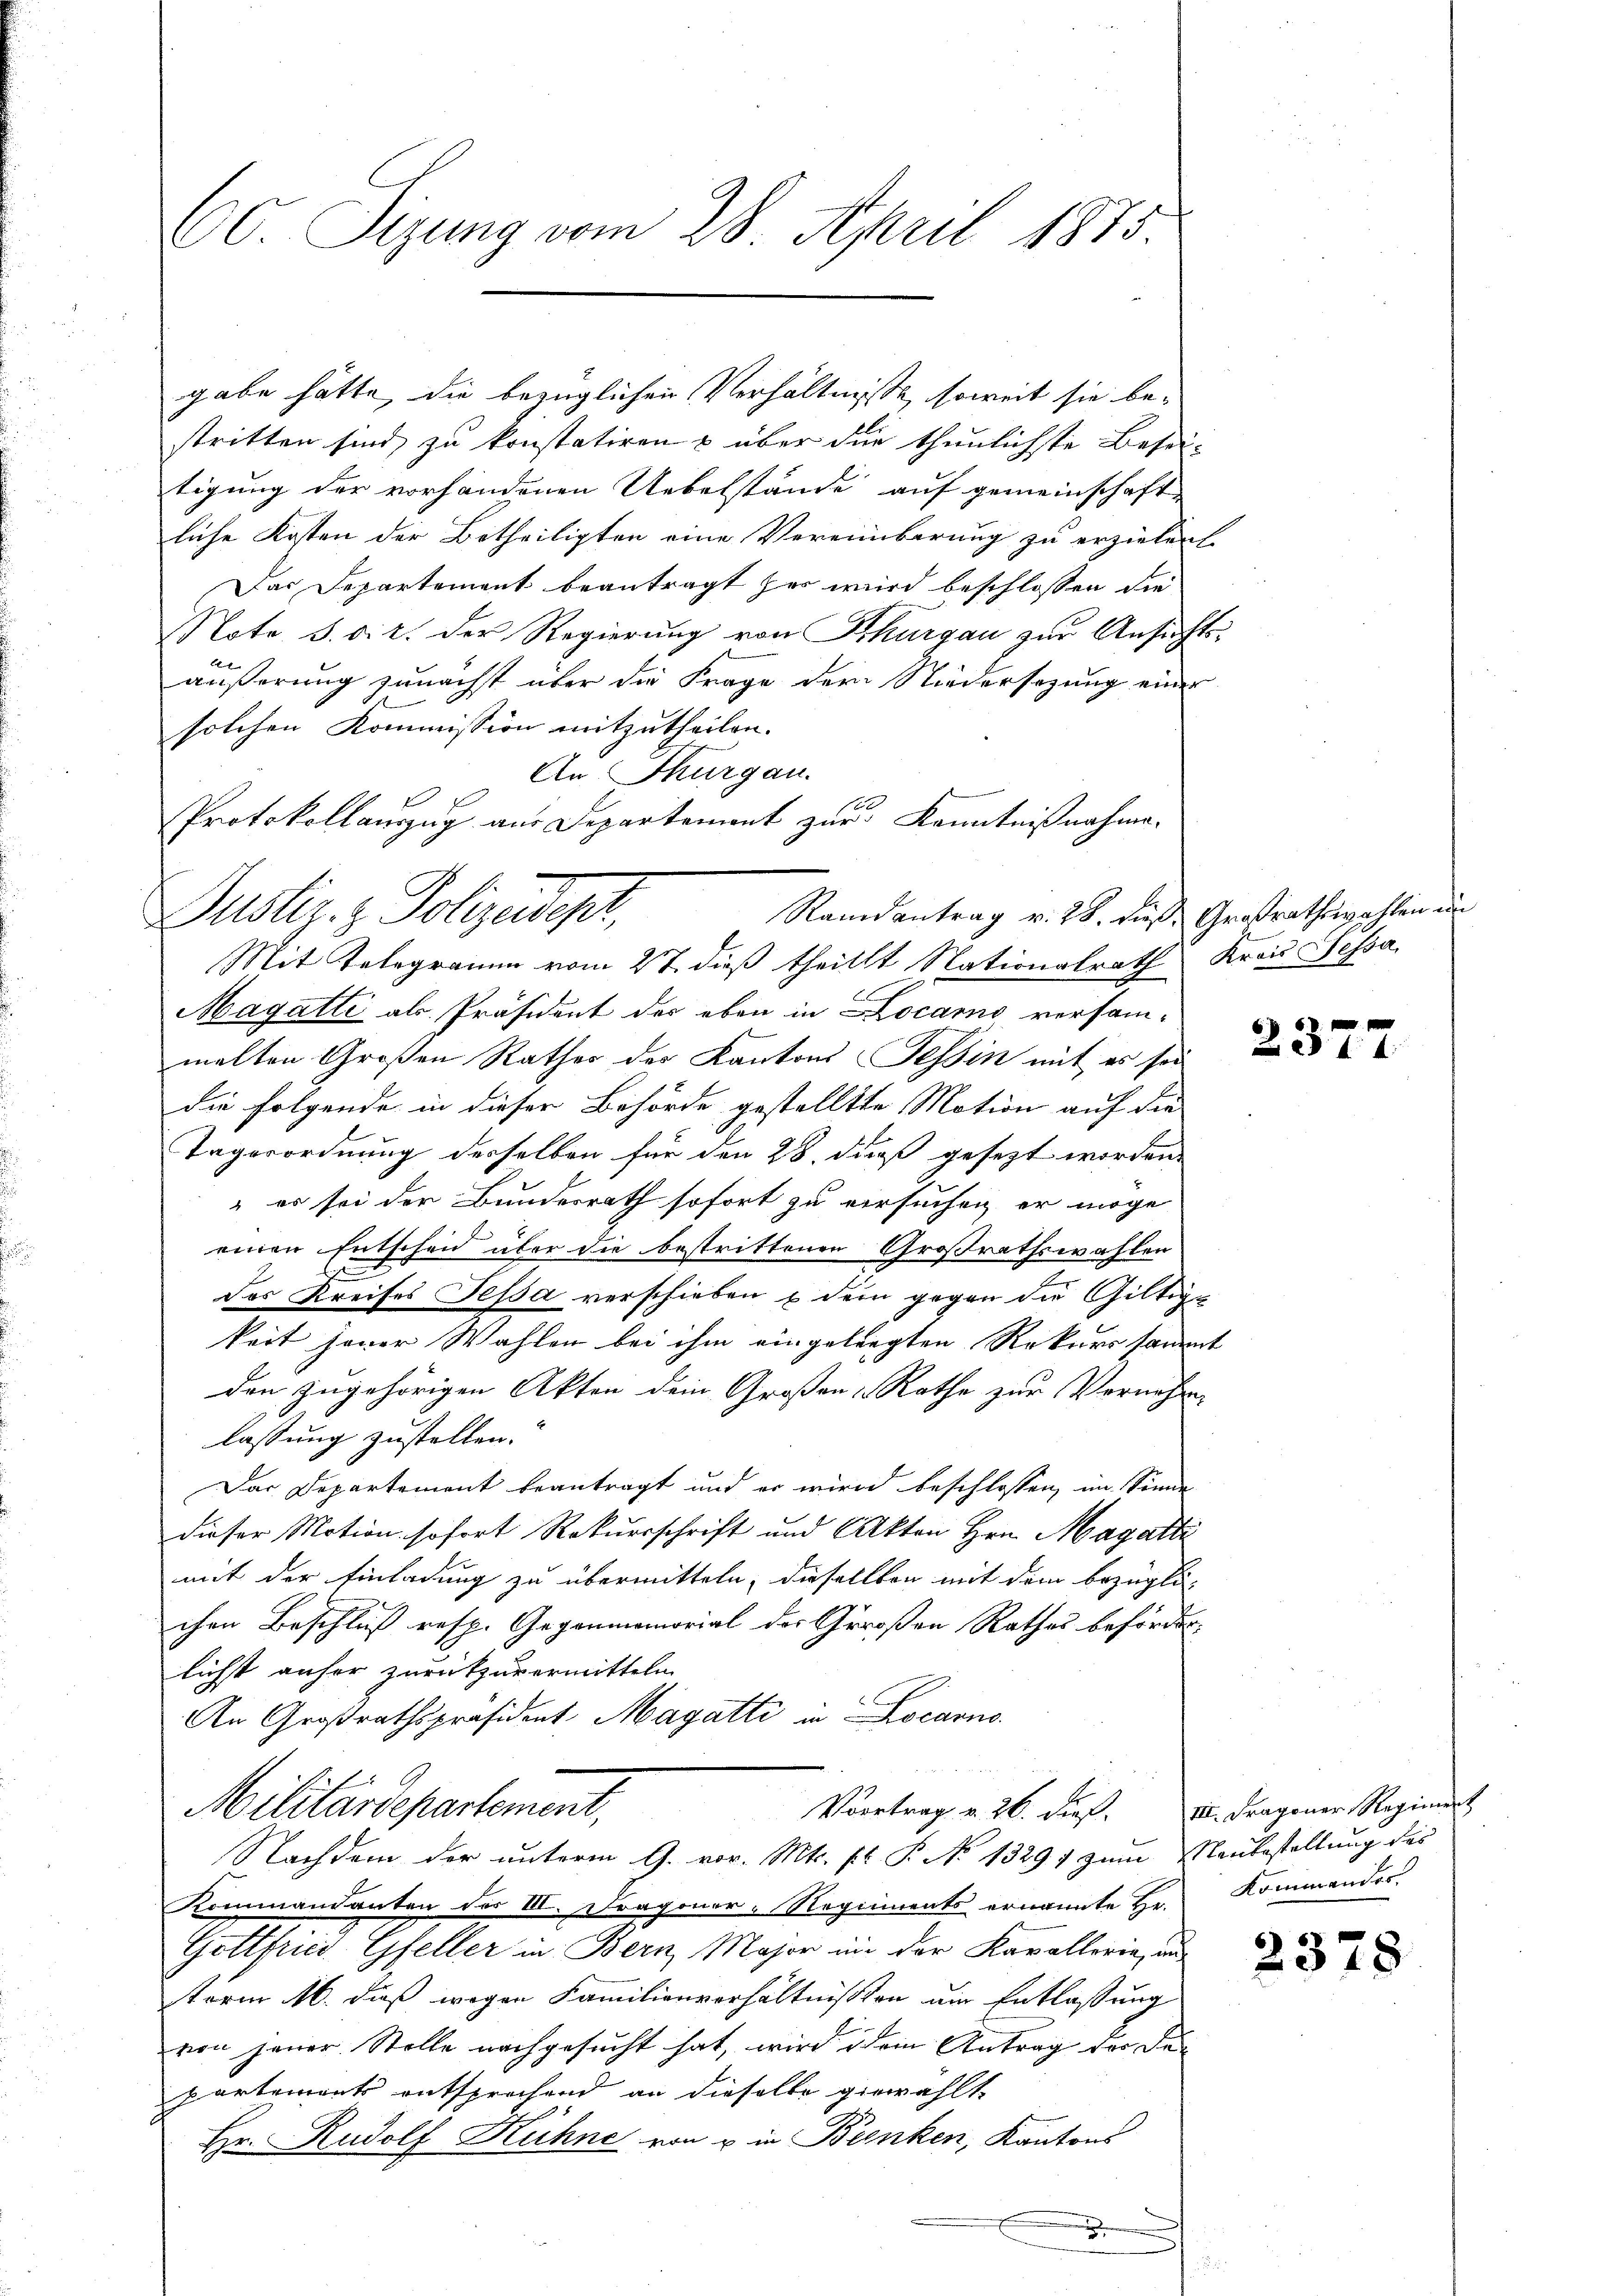
60 Sizung vom 28. April 1875.

stritten sind, zu konstatiren & über die thunlichste Beseitigung der vorhandenen Uebelstände auf gemeinschaft
liche Kosten der Betheiligten eine Vereinbarung zu erziehen.
Das Departement beantragt her wird beschlossen die
Note 3. dir. Der Regierung von Thurgau zur Ansichts-
b
äußerung zunächst über die Frage der Niedersezung einen
solchen Kommission mitzutheilen.
An Thurgau.
Protokollauszug aus Departement zur Kenntnißnahme.
Randantrag v. 28. dies Großrathswahlen un
Mit Telegramm vom 27. dieß theilst Nationalrath Kreis Tessa
Magatti als Präsident der eben in Locarno versammelten Großen Rathes des Kantons Tessin mit es sei
die folgende in dieser Behörde gestelltte Motion auf die
Tagerordnung derselben für den 28. daß gesezt worden.
 es sei der Bundesrath sofort zu versuchen er möge
einen Entscheid über die bestrittenen Großrathswahlen
des Kreises Tessa verschieben u dem gegen die Gültige
keit jener Wahlen bei ihm eingelangten Rekurssammt
den zugehörigen Akten dem Großen Rathe zur Vernehme
lassung zustellen.“
Das Departement beantragt und er wird beschlossen, im Sinne
dieser Motion sofort Rekursschrift und Akten Hrn. Magatte
mit der Einladung zu übermitteln, dieselben mit dem bezügli-
chen Beschluß resp. Gegenmemorial der Großen Rathes beförderlichst anher zurückzuvermitteln.
An Großrathspräsident Magatti in Locarno.
Militärdepartement,
Vortrag v. 26. dieß. II. Fragener Regiment
Nachdem der unterm 9. vor. Mts. pr. P. No 13291 zum Menbestellung des
Kommandanten der III. Dragoner-Regiments ernannte Hr. Kommender
Gottfried Gfeller in Bern Major in der Kavallerie, und
sterm M. dieß wegen Familienverhältnissen die Entlassung
von jener Stelle nachgesucht hat, wird dem Antrag der Departements entsprechend an dieselbe gewählt.
Hr. Rudolf Kühne von u in Benken, Kantons
.

gabe hätte, die bezüglichen Verhältnisse, soweit sie be-

Justiz- & Polizeider,

2377

2378